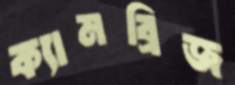
ক্যামব্রিজ